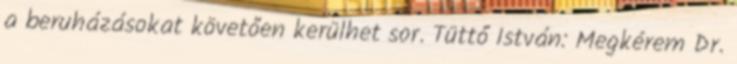
a beruházásokat követően kerülhet sor. Tüttő István: Megkérem Dr.